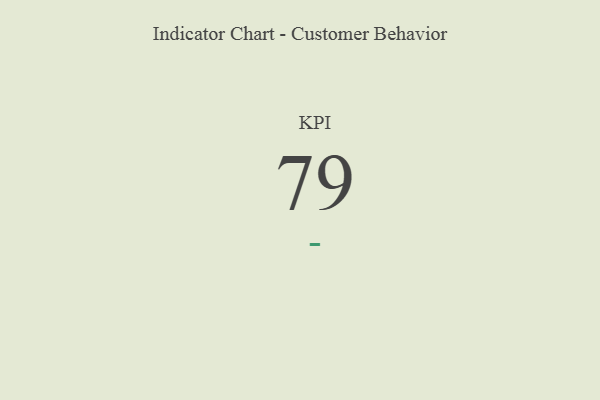
{"axis": {"x": "KPI", "y": "Value"}, "legend": [""], "data": [{"x": "KPI", "y": 79, "type": ""}]}